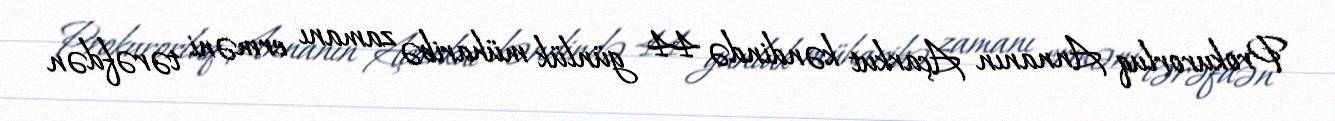
Prokurorluq Annanın Açarkut kəndində 44 günlük müharibə zamanı erməni tərəfdən